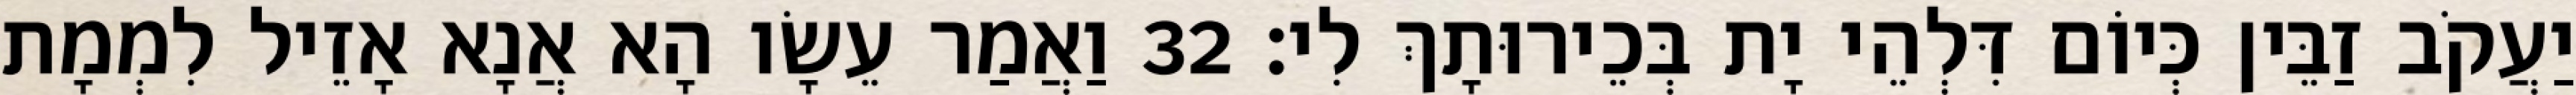
יַעֲקֹב זַבֵּין כְּיוֹם דִּלְהֵי יָת בְּכֵירוּתָךְ לִי׃ 32 וַאֲמַר עֵשָׂו הָא אֲנָא אָזֵיל לִמְמָת